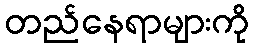
တည်နေရာများကို